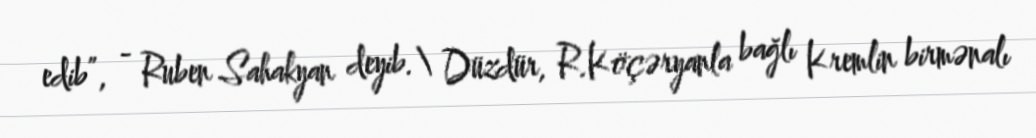
edib”, - Ruben Sahakyan deyib.\ Düzdür, R.Köçəryanla bağlı Kremlin birmənalı